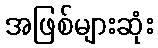
အဖြစ်များဆုံး